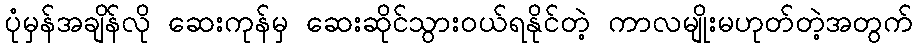
ပုံမှန်အချိန်လို ဆေးကုန်မှ ဆေးဆိုင်သွားဝယ်ရနိုင်တဲ့ ကာလမျိုးမဟုတ်တဲ့အတွက်